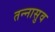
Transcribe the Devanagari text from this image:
तन्नासुव